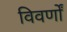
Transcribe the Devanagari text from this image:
विवर्णों